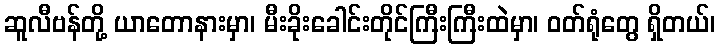
ဆူလီဗန်တို့ ယာတောနားမှာ၊ မီးခိုးခေါင်းတိုင်ကြီးကြီးထဲမှာ၊ ဝတ်ရုံတွေ ရှိတယ်၊